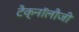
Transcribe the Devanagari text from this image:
टैक्नॉलौजी